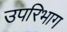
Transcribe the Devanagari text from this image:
उपरिभाग